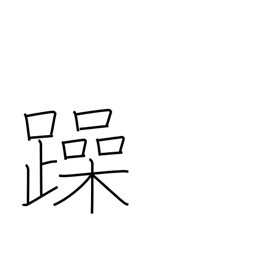
Meaning: noisy